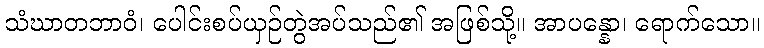
သံဃာတဘာဝံ၊ ပေါင်းစပ်ယှဉ်တွဲအပ်သည်၏ အဖြစ်သို့။ အာပန္နော၊ ရောက်သော။